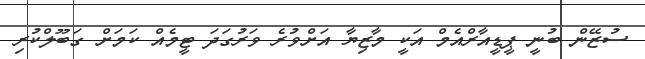
ސުޒޭން ބުނީ ޕީޑީއާރްއެމް އަކީ މާޒިޔާ އަށްވުރެ ވަރުގަދަ ޓީމެއް ކަމަށް ގަބޫލްކުރި